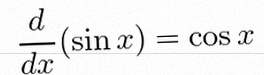
\frac{d}{dx}(\sin x)=\cos x